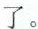
了。